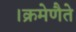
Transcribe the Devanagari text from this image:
।क्रमेणैते